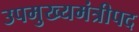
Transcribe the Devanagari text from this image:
उपमुख्यमंत्रीपद